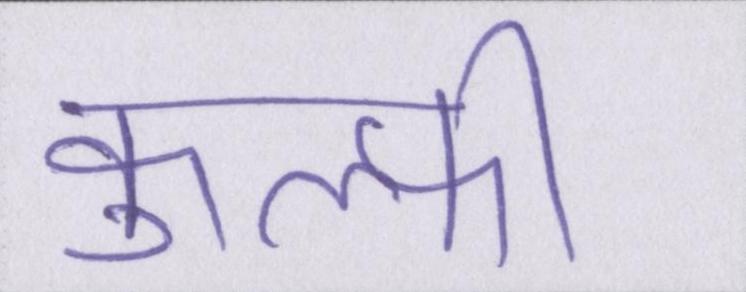
कुल्फी